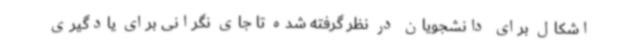
اشکال برای دانشجویان در نظر گرفته شده تا جای نگرانی برای یادگیری